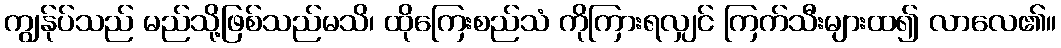
ကျွန်ုပ်သည် မည်သို့ဖြစ်သည်မသိ၊ ထိုကြေးစည်သံ ကိုကြားရလျှင် ကြက်သီးများထ၍ လာလေ၏။